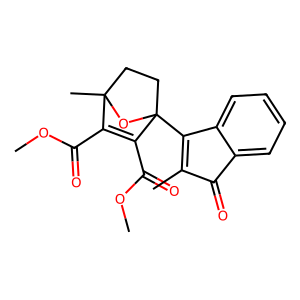
SMILES: COC(=O)C1=C(C(=O)OC)C2(C3=C(C)C(=O)c4ccccc43)CCC1(C)O2
Inhibits HIV replication: No